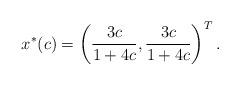
LaTeX: \begin{align*}x^*(c)=\left(\displaystyle \frac{3c}{1+4c},\displaystyle \frac{3c}{1+4c}\right)^T.\end{align*}